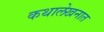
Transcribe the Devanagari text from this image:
कथालेखनात